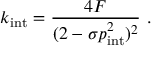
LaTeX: k _ { \mathrm { i n t } } = { \frac { 4 F } { ( 2 - \sigma p _ { \mathrm { i n t } } ^ { 2 } ) ^ { 2 } } } \ .